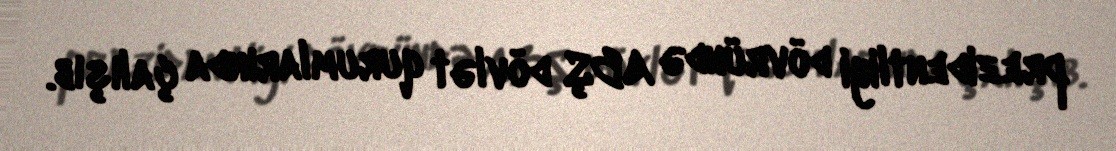
prezidentliyi dövründə ABŞ dövlət qurumlarında çalışıb.